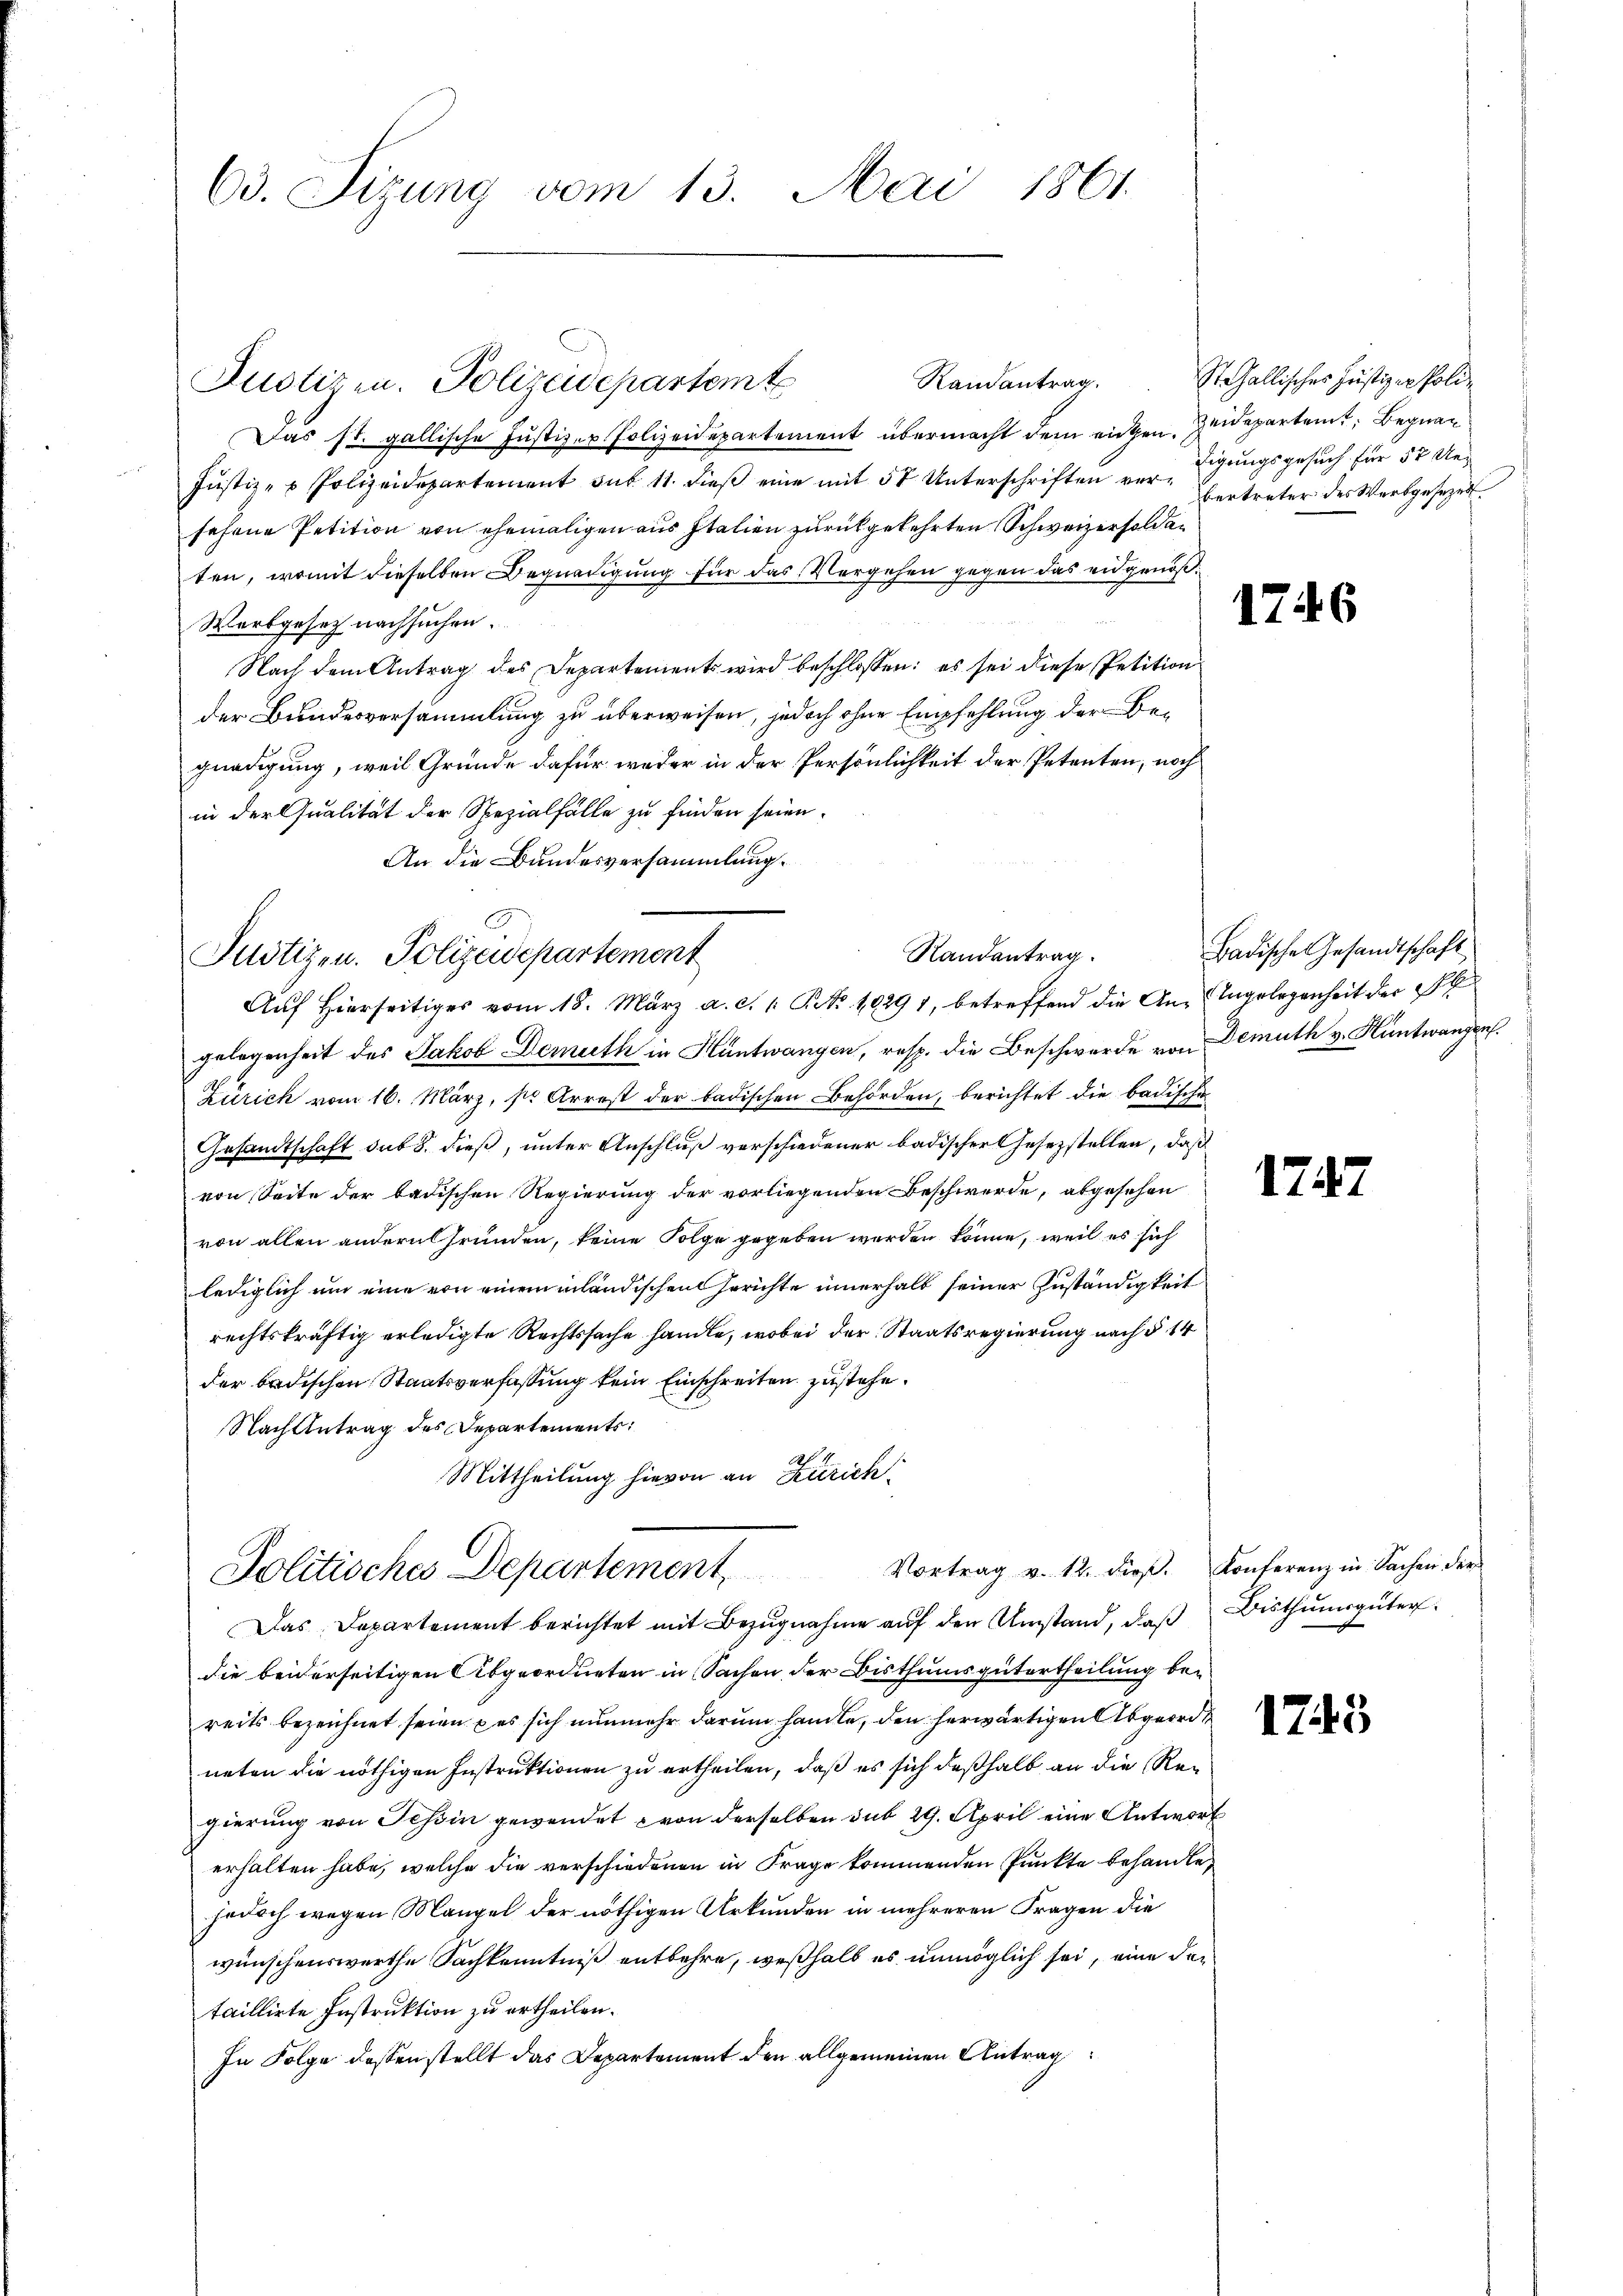
63. Sizung vom 13. Mai 1861

Randantrag.
Das st. gallische Justizer Polizeidepartement übermacht dem eigen. Heidepartemt; Begna¬
Justiz- u Polizeidepartement sub 11. dieβ eine mit 50 Unterschriften vor Eigŭngsgesŭch für 50 Uesehene Petition von ehemaligen aus Italien zurückgekehrten Schweizersoldaten, womit dieselben Begnadigung für das Vergehen gegen das eidgenoß¬
Werbgesetz nachsuchen.
Nach dem Antrag des Departement wird beschlossen: es sei diese Petition
der Bundesversammlung zu überweisen, jedoch ohne Empfehlung der Begnadigung, weil Gründe dafür weder in der Persönlichkeit der Petenten, noch
in der Qualität der Spezialfälle zu finden seien.
An die Bundesversammlung.

Justizen. Polizeidepartemte

Randentrag.
Justizen. Polizeidepartement
Auf Hierseitiges vom 18. März a. c. 1. No. 10291, betreffend die An-Angelegenheit der Pl

gelegenheit des Jakob Demuth in Hüntwangen, resp. die Beschwerde von Demuth v. Hüntwangen.
Zürich vom 16. März, so Arrest der badischen Behörden, berichtet die badische
Gesandtschaft sub 8. dieß, unter Anschluß verschiedener badischer Gesezstellen, daß
von Seite der badischen Regierung der vorliegenden Beschwerde, abgesehen
von allen andern Grunden, keine Folge gegeben werden könne, weil es sich
lediglich und eine von einem inländischen Gerichte innerhalb seiner Zuständigkeit
rechtskräftig erledigte Rechtssache handle, wobei der Staatsregierung nach § 14
der badischen Staatsverfassung kein Einschreiten zustehe.
Nach Antrag des Departements:
Mittheilung hievon an Zürich
Vortrag v. 12. dieß.
Politisches Departement,
Das Departement berichtet mit Bezugnahme auf den Umstand, daß Bisthumsgüter
die beiderseitigen Abgeordneten in Sachen der Bisthumsgütertheilung bereits bezeichnet seien pas sich nunmehr darum handle, den herwärtigen Abgeord
neten die nöthigen Instruktionen zu ertheilen, daß es sich deßhalb an die Regierung von Tessin gewendet von derselben sub 29. April eine Antwort
erhalten habe, welche die verschiedenen in Frage kommenden Punkte behandle,
jedoch wegen Mangel der nöthigen Urkunden in mehreren Fragen die
wünschenswerthe Sachkenntniß entbehre, weßhalb es unmöglich sei, eine der
taillirte Instruktion zu ertheilen.
In Folge dessen stellt das Departement den allgemeinen Antrag

St. Gallisches Justiz-Poliz
bertreter des Werbgesezes

1746

Badische Gesandtschaft

124.

Konferenz in Sachen der

1745